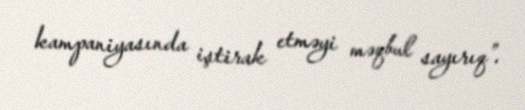
kampaniyasında iştirak etməyi məqbul sayırıq”.